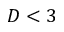
D < 3